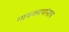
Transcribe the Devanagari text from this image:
गावकरयांनाच